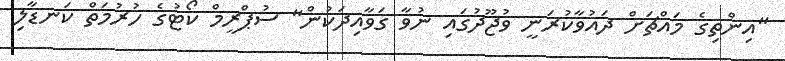
"އިންތިގެ މައްޗަށް ދައުވާކުރަނީ ވުޖޫދުގައި ނުވާ ގަވާއިދަކުން" ސުޕްރީމް ކޯޓުގެ ހުރުމަތް ކަނޑާލި